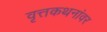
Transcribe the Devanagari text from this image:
वृत्तकथनांवर